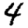
Digit: 4